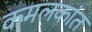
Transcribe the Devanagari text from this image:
कमलकांत